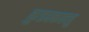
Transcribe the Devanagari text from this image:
कुडक्कल्लु